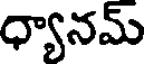
ధ్యానమ్